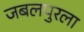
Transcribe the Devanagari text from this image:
जबलपुरला